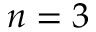
n = 3